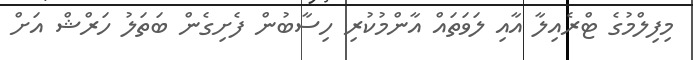
މިފިލްމުގެ ޓްރެއިލާ އާއި ލަވަތައް އާންމުކުރި ހިސާބުން ފެށިގެން ބަތަލު ހަރްޝް އަށް